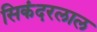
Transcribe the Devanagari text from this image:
सिकंदरलाल